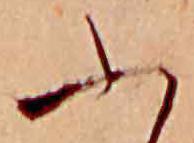
ふ